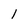
Character: 1